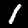
Digit: 1